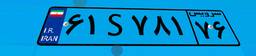
۸۵S۷۰۶۹۷